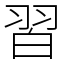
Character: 習